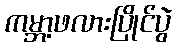
ကမ္ဘာ့ဖလားပြိုင်ပွဲ